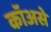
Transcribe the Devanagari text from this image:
कॉअसे